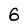
Character: 6